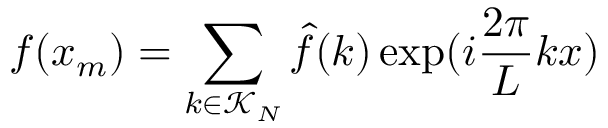
f ( x _ { m } ) = \sum _ { k \in \mathcal { K } _ { N } } \hat { f } ( k ) \exp ( i \frac { 2 \pi } { L } k x )